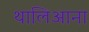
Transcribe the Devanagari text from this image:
थालिआना